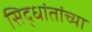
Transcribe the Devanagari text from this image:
सिद्धांतांच्या